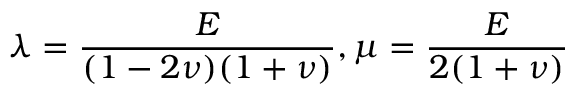
\lambda = \frac { E } { ( 1 - 2 \nu ) ( 1 + \nu ) } , \mu = \frac { E } { 2 ( 1 + \nu ) }